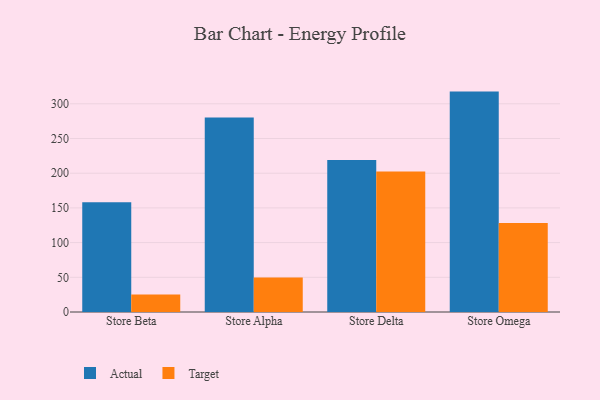
{"axis": {"x": "Store", "y": "Net Income (USD K)"}, "legend": ["Actual", "Target"], "data": [{"x": "Store Beta", "y": 158.1, "type": "Actual"}, {"x": "Store Beta", "y": 25.3, "type": "Target"}, {"x": "Store Alpha", "y": 280.3, "type": "Actual"}, {"x": "Store Alpha", "y": 49.7, "type": "Target"}, {"x": "Store Delta", "y": 218.9, "type": "Actual"}, {"x": "Store Delta", "y": 202.4, "type": "Target"}, {"x": "Store Omega", "y": 317.6, "type": "Actual"}, {"x": "Store Omega", "y": 128.3, "type": "Target"}]}